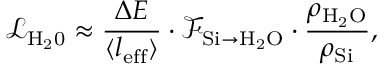
{ \mathcal { L } _ { \mathrm { { H _ { 2 } 0 } } } } \approx \frac { \Delta E } { \langle { l } _ { \mathrm { e f f } } \rangle } \cdot \mathcal { F } _ { \mathrm { { S i } \rightarrow \mathrm { { H _ { 2 } O } } } } \cdot \frac { \rho _ { \mathrm { { H _ { 2 } O } } } } { \rho _ { \mathrm { { S i } } } } ,